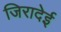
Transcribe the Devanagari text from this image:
जिरादेई